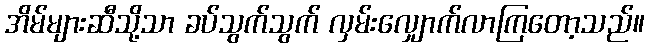
အိမ်များဆီသို့သာ ခပ်သွက်သွက် လှမ်းလျှောက်လာကြတော့သည်။